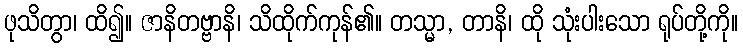
ဖုသိတွာ၊ ထိ၍။ ဇာနိတဗ္ဗာနိ၊ သိထိုက်ကုန်၏။ တသ္မာ, တာနိ၊ ထို သုံးပါးသော ရုပ်တို့ကို။